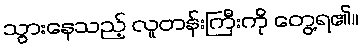
သွားနေသည့် လူတန်းကြီးကို တွေ့ရ၏။